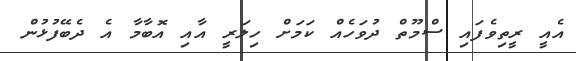
އެއީ ރީތިވެފައި ސްމޫތް ދުވަހެއް ކަމަށް ހިލަރީ އާއި އޮބާމާ އެ ދެބޭފުޅުން